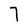
Character: 7